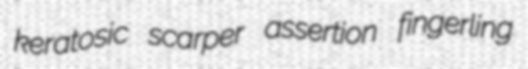
keratosic scarper assertion fingerling